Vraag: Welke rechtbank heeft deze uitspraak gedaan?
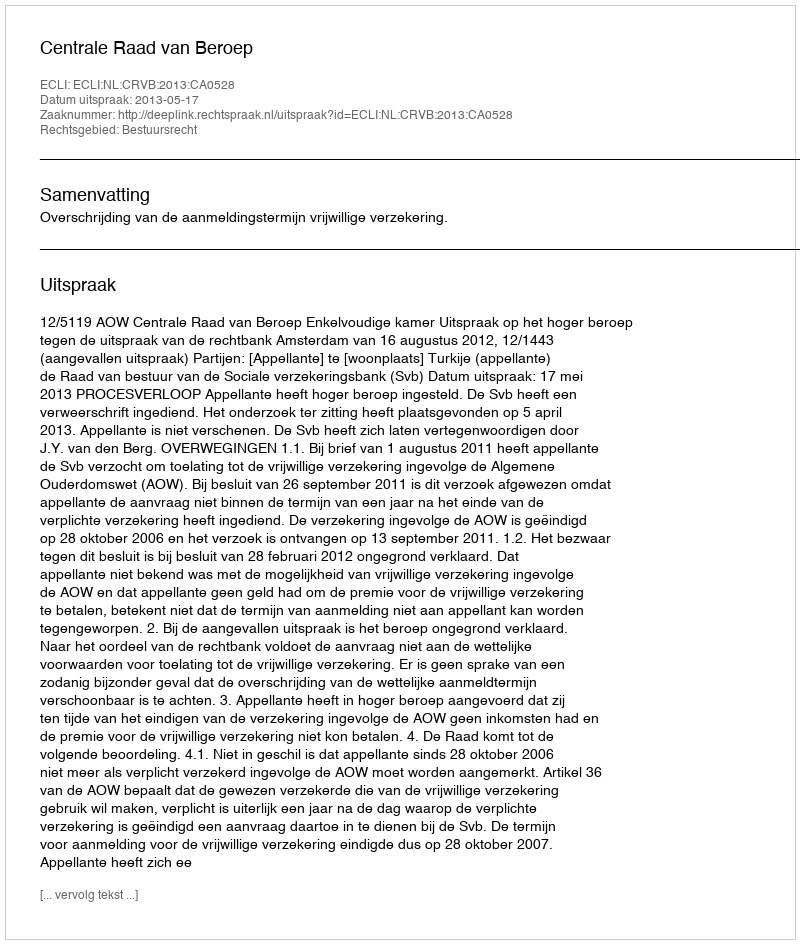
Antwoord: Centrale Raad van Beroep